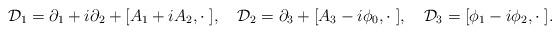
LaTeX: \begin{align*}\mathcal{D}_1 = {\partial}_{1} + i {\partial}_{2} + [A_1 + i A_2, \cdot\; ], \quad\mathcal{D}_2 = {\partial}_{3} + [A_3 - i \phi_0, \cdot\; ], \quad\mathcal{D}_3 = [\phi_1 - i \phi_2, \cdot\; ]. \end{align*}